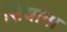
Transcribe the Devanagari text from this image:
सिधाना